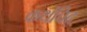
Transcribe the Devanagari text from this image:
कथंचिद्